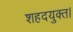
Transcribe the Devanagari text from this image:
शहदयुक्त।